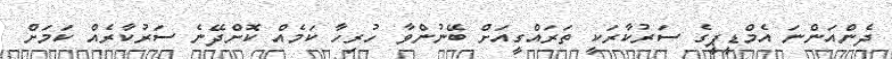
ދެންއަންނަ އެމްޑީޕީގެ ސަރުކާރަކީ ތަރައްގީއަށް ބޭނުންވާ ހުރިހާ ކަމެއް ކޮށްދޭނެ ސަރުކާރެއް ކަމަށް